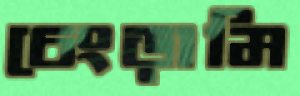
চেংড়ামি